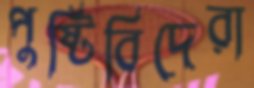
পুষ্টিবিদেরা